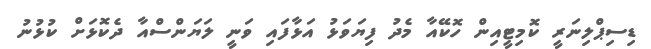
ޑިސިޕްލިނަރީ ކޮމިޓީއިން ހޮކޭއާ މެދު ފިޔަވަޅު އަޅާފައި ވަނީ ލަޔަންސްއާ ދެކޮޅަށް ކުޅުނު